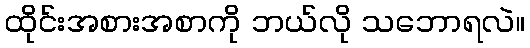
ထိုင်းအစားအစာကို ဘယ်လို သဘောရလဲ။